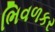
ભિવળકર